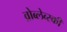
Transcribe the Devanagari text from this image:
व्रोब्लेव्स्की